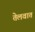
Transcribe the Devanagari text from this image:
तेलवात